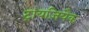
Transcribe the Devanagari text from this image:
ट्रायज़ियैक